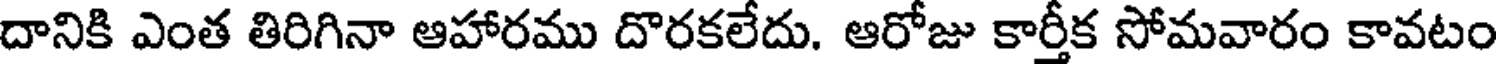
దానికి ఎంత తిరిగినా ఆహారము దొరకలేదు. ఆరోజు కార్తీక సోమవారం కావటం